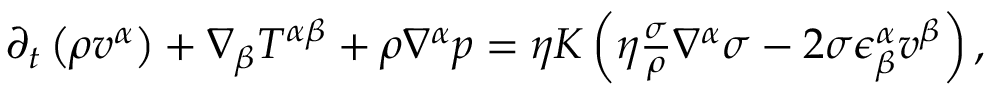
\begin{array} { r } { \partial _ { t } \left( \rho v ^ { \alpha } \right) + \nabla _ { \beta } T ^ { \alpha \beta } + \rho \nabla ^ { \alpha } p = \eta K \left( \eta \frac { \sigma } { \rho } \nabla ^ { \alpha } \sigma - 2 \sigma \epsilon _ { \beta } ^ { \alpha } v ^ { \beta } \right) , } \end{array}